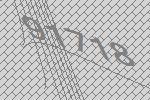
91718